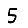
Digit: 5